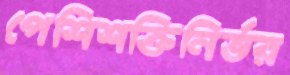
পেশিশক্তিনির্ভর